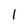
Character: 1